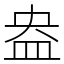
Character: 盎